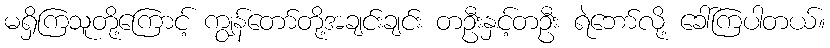
မရှိကြသူတို့ကြောင့် ကျွန်တော်တို့အချင်းချင်း တဦးနှင့်တဦး ရဲဘော်လို့ ခေါ်ကြပါတယ်။